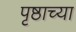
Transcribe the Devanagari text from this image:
पृष्ठाच्या